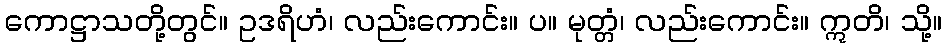
ကောဋ္ဌာသတို့တွင်။ ဥဒရိဟံ၊ လည်းကောင်း။ ပ။ မုတ္တံ၊ လည်းကောင်း။ ဣတိ၊ သို့။